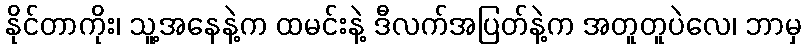
နိုင်တာကိုး၊ သူ့အနေနဲ့က ထမင်းနဲ့ ဒီလက်အပြတ်နဲ့က အတူတူပဲလေ၊ ဘာမှ